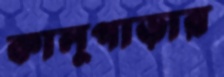
কালুপাড়ার